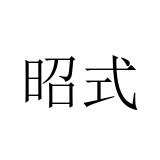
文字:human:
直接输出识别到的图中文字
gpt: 昭式